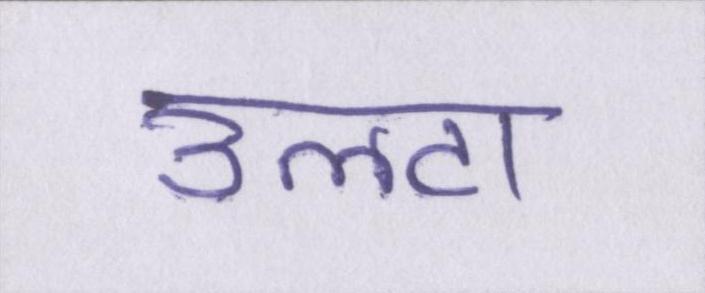
उलटा